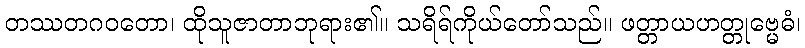
တဿတဂဝတော၊ ထိုသူဇာတာဘုရား၏။ သရိရ်ကိုယ်တော်သည်။ ဖတ္တာယဟတ္တုဗ္မေဓံ၊